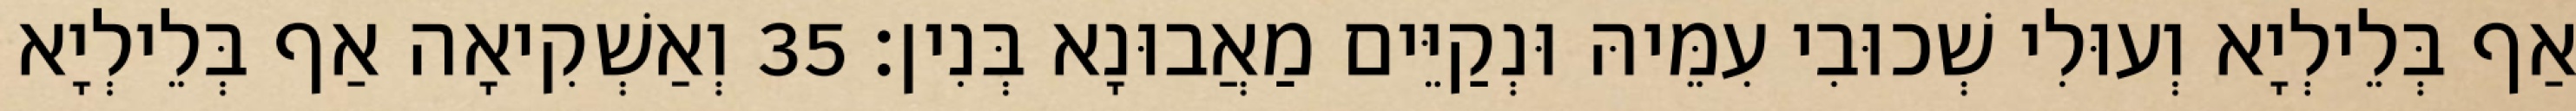
אַף בְּלֵילְיָא וְעוּלִי שְׁכוּבִי עִמֵּיהּ וּנְקַיֵּים מַאֲבוּנָא בְּנִין׃ 35 וְאַשְׁקִיאָה אַף בְּלֵילְיָא